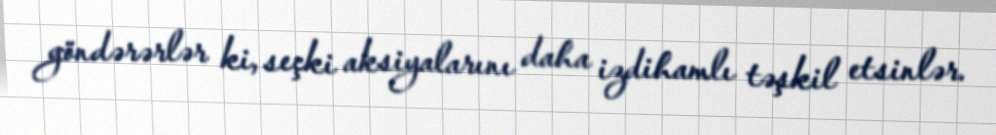
göndərərlər ki, seçki aksiyalarını daha izdihamlı təşkil etsinlər.